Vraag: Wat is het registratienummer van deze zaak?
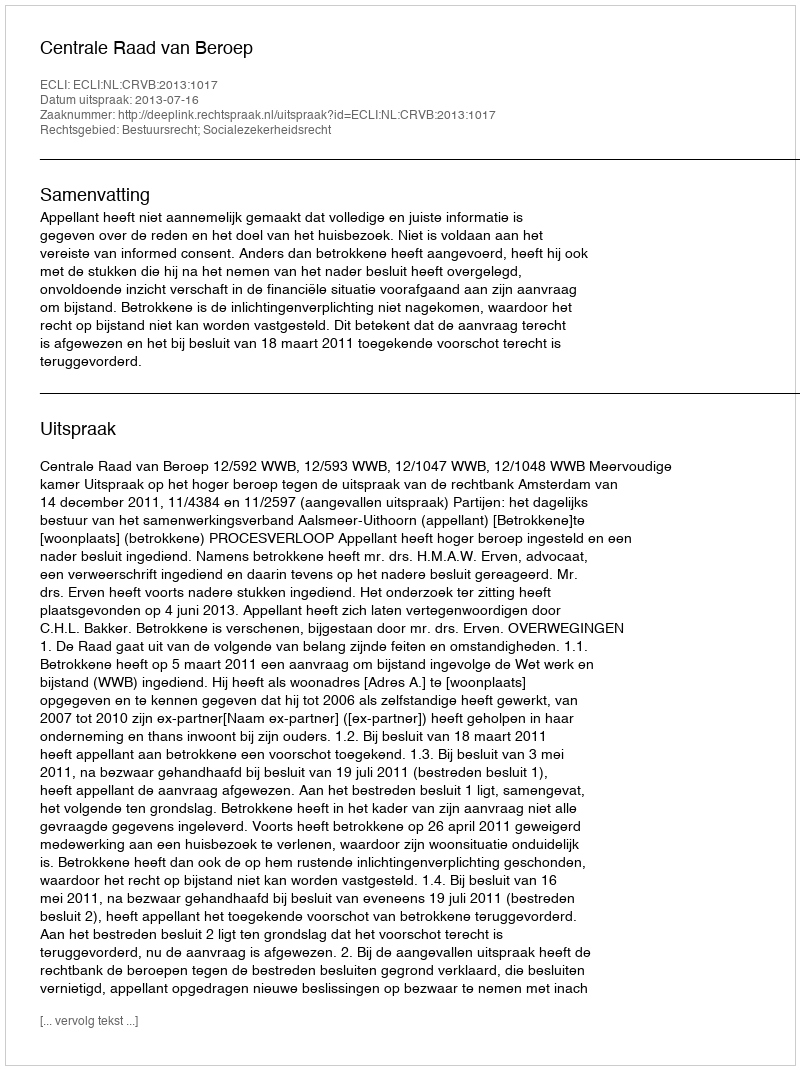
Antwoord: http://deeplink.rechtspraak.nl/uitspraak?id=ECLI:NL:CRVB:2013:1017